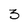
Character: 3